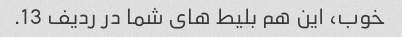
خوب، این هم بلیط های شما در ردیف 13.